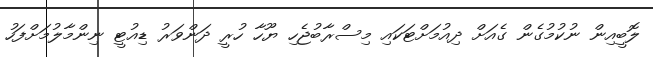
ލޮބީއިން ނުކުމުގެން ގެއަށް ދިއުމަށްޓަކައި މިސްރާބުޖެހި ޔޫހާ ހުރީ ދަންވަރު ޑިއުޓީ ނިންމާލުމަށްފަހު